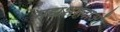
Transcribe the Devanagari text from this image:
मद्यशालाओं